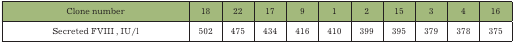
| Clone number | 18 | 22 | 17 | 9 | 1 | 2 | 15 | 3 | 4 | 16 |
 | --- | --- | --- | --- | --- | --- | --- | --- | --- | --- | --- |
 | Secreted FVIII , IU/l | 502 | 475 | 434 | 416 | 410 | 399 | 395 | 379 | 378 | 375 |